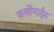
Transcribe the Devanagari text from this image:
कर्बोनाईट